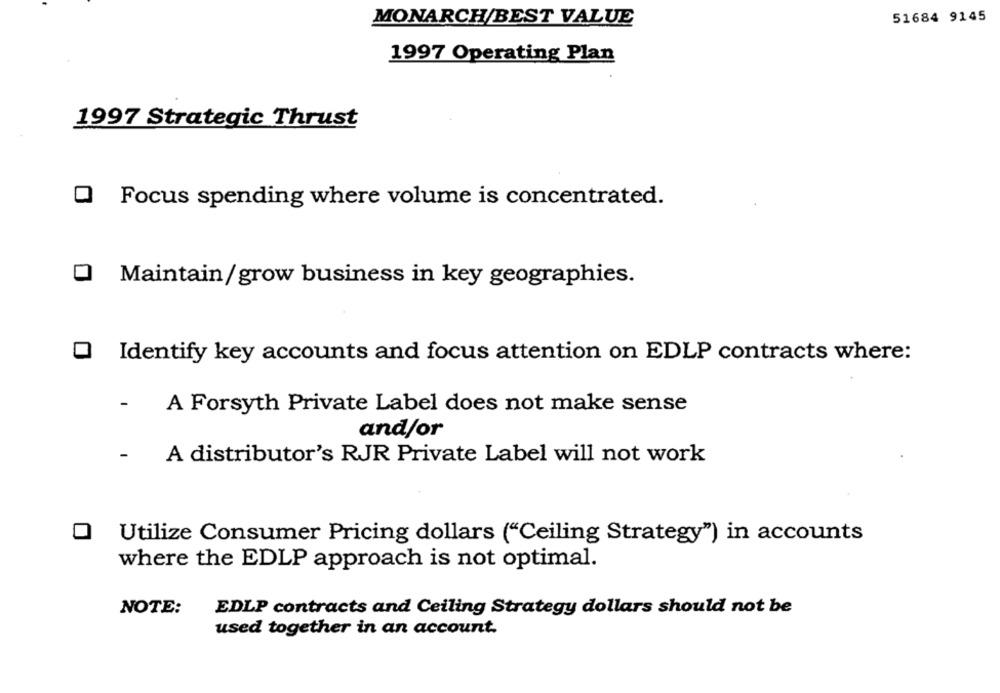
MONARCH/BEST VALUE
51684 9145
1997 Operating Plan
1997 Strategic Thrust
O Focus spending where volume is concentrated.
O Maintain/grow business in key geographies.
O Identify key accounts and focus attention on EDLP contracts where:
-
A Forsyth Private Label does not make sense
and/or
A distributor's RJR Private Label will not work
O Utilize Consumer Pricing dollars ("Ceiling Strategy") in accounts
where the EDLP approach is not optimal.
NOTE:
EDLP contracts and Ceiling Strategy dollars should not be
used together in an account.